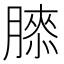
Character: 𰯌